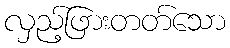
လှည့်ဖြားတတ်သော